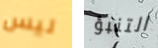
ليس التنبؤ